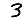
Digit: 3